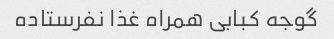
گوجه کبابی همراه غذا نفرستاده